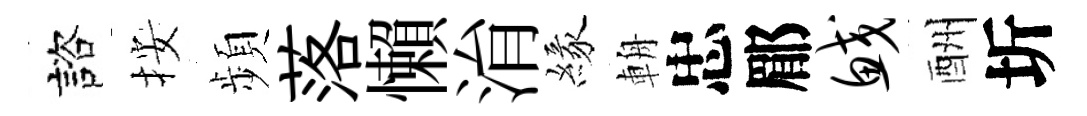
諮按頻落懶㳙緣輈忠郿鲛酬圻